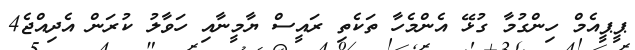
ޕީޕީއެމް ހިންގުމާ ގުޅޭ އެންމެހާ ތަކެތި ރައީސް ޔާމީނާއި ހަވާލު ކުރަން އެދިއްޖެ4